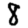
Digit: 8